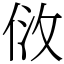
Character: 𠈹